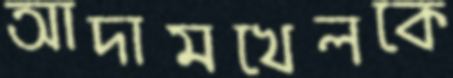
আদামখেলকে